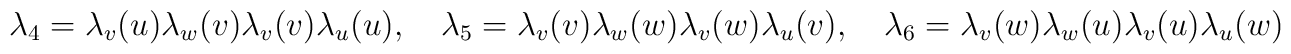
\lambda_4=\lambda_v(u)\lambda_w(v)\lambda_v(v)\lambda_u(u),\quad\lambda_5=\lambda_v(v)\lambda_w(w)\lambda_v(w)\lambda_u(v),\quad\lambda_6=\lambda_v(w)\lambda_w(u)\lambda_v(u)\lambda_u(w)